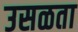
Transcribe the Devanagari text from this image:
उसळता